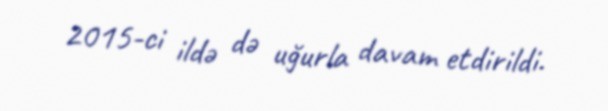
2015-ci ildə də uğurla davam etdirildi.